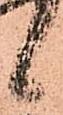
候